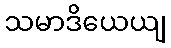
သမာဒိယေယျ